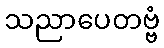
သညာပေတဗ္ဗံ